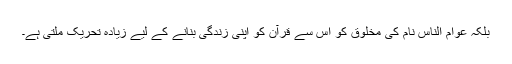
بلکہ عوام الناس نام کی مخلوق کو اس سے قرآن کو اپنی زندگی بنانے کے لیے زیادہ تحریک ملتی ہے۔